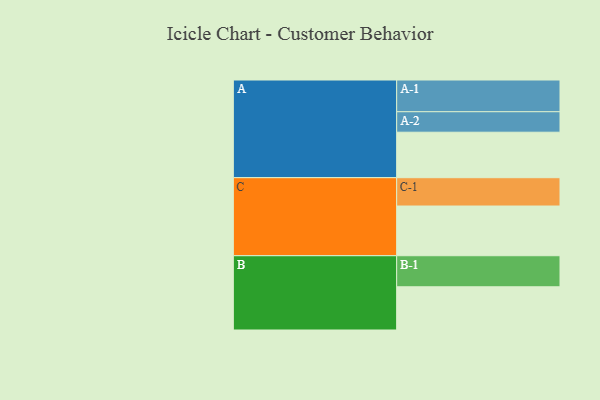
{"axis": {"x": "Segment", "y": "Value"}, "legend": ["", "A", "B", "C"], "data": [{"x": "A", "y": 400, "type": ""}, {"x": "B", "y": 380, "type": ""}, {"x": "C", "y": 437, "type": ""}, {"x": "A-1", "y": 279, "type": "A"}, {"x": "A-2", "y": 180, "type": "A"}, {"x": "B-1", "y": 273, "type": "B"}, {"x": "C-1", "y": 249, "type": "C"}]}